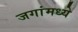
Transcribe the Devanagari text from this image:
जगांमध्ये